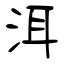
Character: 洱